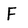
Character: F